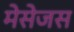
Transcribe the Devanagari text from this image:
मेसेजस